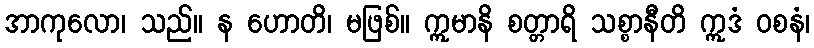
အာကုလော၊ သည်။ န ဟောတိ၊ မဖြစ်။ ဣမာနိ စတ္တာရိ သစ္စာနီတိ ဣဒံ ဝစနံ၊